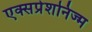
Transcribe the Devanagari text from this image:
एक्सप्रेशनिज्म